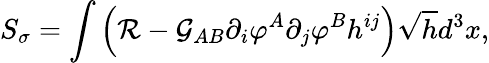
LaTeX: S_{\sigma}=\int\left({\cal R}-{\cal G}_{AB}\partial_{i}\varphi^{A}\partial_{j}\varphi^{B}h^{ij}\right)\sqrt{h}d^{3}x,